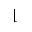
\lfloor